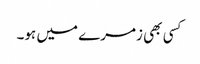
کسی بھی زمرے میں ہو۔